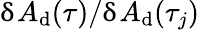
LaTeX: \updelta A_{\mathrm{d}}(\tau)/\updelta A_{\mathrm{d}}(\tau_{j})